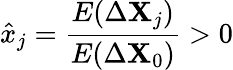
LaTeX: \hat{x}_{j}=\frac{E(\Delta\mathbf{X}_{j})}{E(\Delta\mathbf{X}_{0})}>0